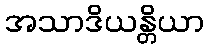
အသာဒိယန္တိယာ